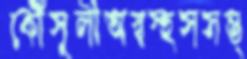
কৌঁসুলীঅস্বস্হসসম্ভ্